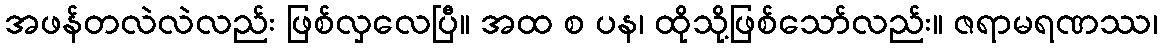
အဖန်တလဲလဲလည်း ဖြစ်လှလေပြီ။ အထ စ ပန၊ ထိုသို့ဖြစ်သော်လည်း။ ဇရာမရဏဿ၊